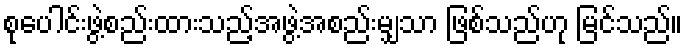
စုပေါင်းဖွဲ့စည်းထားသည့်အဖွဲ့အစည်းမျှသာ ဖြစ်သည်ဟု မြင်သည်။